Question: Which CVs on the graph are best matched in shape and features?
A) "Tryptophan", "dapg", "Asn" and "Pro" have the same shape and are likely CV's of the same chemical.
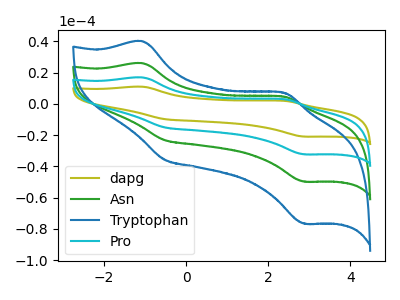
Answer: <think>The olive curve "dapg" has anodic peaks at (-1.05V, 77.85uA) (2.40V, 13.80uA) and cathodic peaks at (-0.55V, -69.60uA) (2.85V, -149.20uA). The green curve "Asn" has anodic peaks at (-1.05V, 25.95uA) (2.40V, 4.60uA) and cathodic peaks at (-0.55V, -23.20uA) (2.85V, -49.75uA). The blue curve "Tryptophan" has anodic peaks at (-1.05V, 39.95uA) (2.40V, 7.10uA) and cathodic peaks at (-0.55V, -35.75uA) (2.85V, -76.60uA). The cyan curve "Pro" has anodic peaks at (-1.05V, 51.90uA) (2.40V, 9.20uA) and cathodic peaks at (-0.55V, -46.40uA) (2.85V, -99.45uA).
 All the peaks in "dapg" have a peak in "Asn" at the same potential. Every peak in "dapg" is higher than every peak in "Asn". All the peaks in "dapg" have a peak in "Tryptophan" at the same potential. Every peak in "dapg" is higher than every peak in "Tryptophan". All the peaks in "dapg" have a peak in "Pro" at the same potential. Every peak in "dapg" is higher than every peak in "Pro". All the peaks in "Asn" have a peak in "Tryptophan" at the same potential. Every peak in "Asn" is lower than every peak in "Tryptophan". All the peaks in "Asn" have a peak in "Pro" at the same potential. Every peak in "Asn" is lower than every peak in "Pro". All the peaks in "Tryptophan" have a peak in "Pro" at the same potential. Every peak in "Tryptophan" is lower than every peak in "Pro".</think>
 <answer>A) "Tryptophan", "dapg", "Asn" and "Pro" have the same shape and are likely CV's of the same chemical.</answer>
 <eval>A</eval>